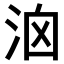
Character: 𣳦